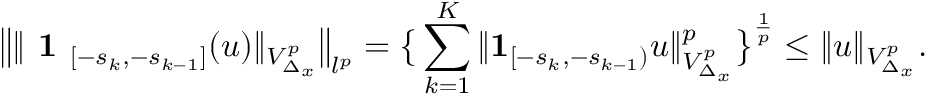
\big \| \| \textbf { 1 } _ { [ - s _ { k } , - s _ { k - 1 } ] } ( u ) \| _ { V _ { \Delta _ { x } } ^ { p } } \big \| _ { l ^ { p } } = \big \{ \sum _ { k = 1 } ^ { K } \| \mathbf { 1 } _ { [ - s _ { k } , - s _ { k - 1 } ) } u \| _ { V _ { \Delta _ { x } } ^ { p } } ^ { p } \big \} ^ { \frac { 1 } { p } } \leq \| u \| _ { V _ { \Delta _ { x } } ^ { p } } .